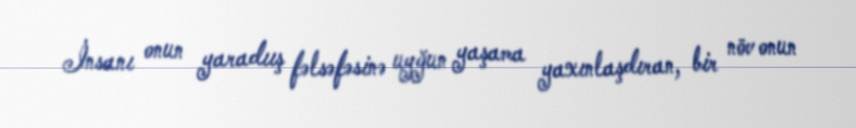
İnsanı onun yaradıış fəlsəfəsinə uyğun yaşama yaxınlaşdıran, bir növ onun